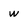
Character: w